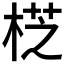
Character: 𣔰